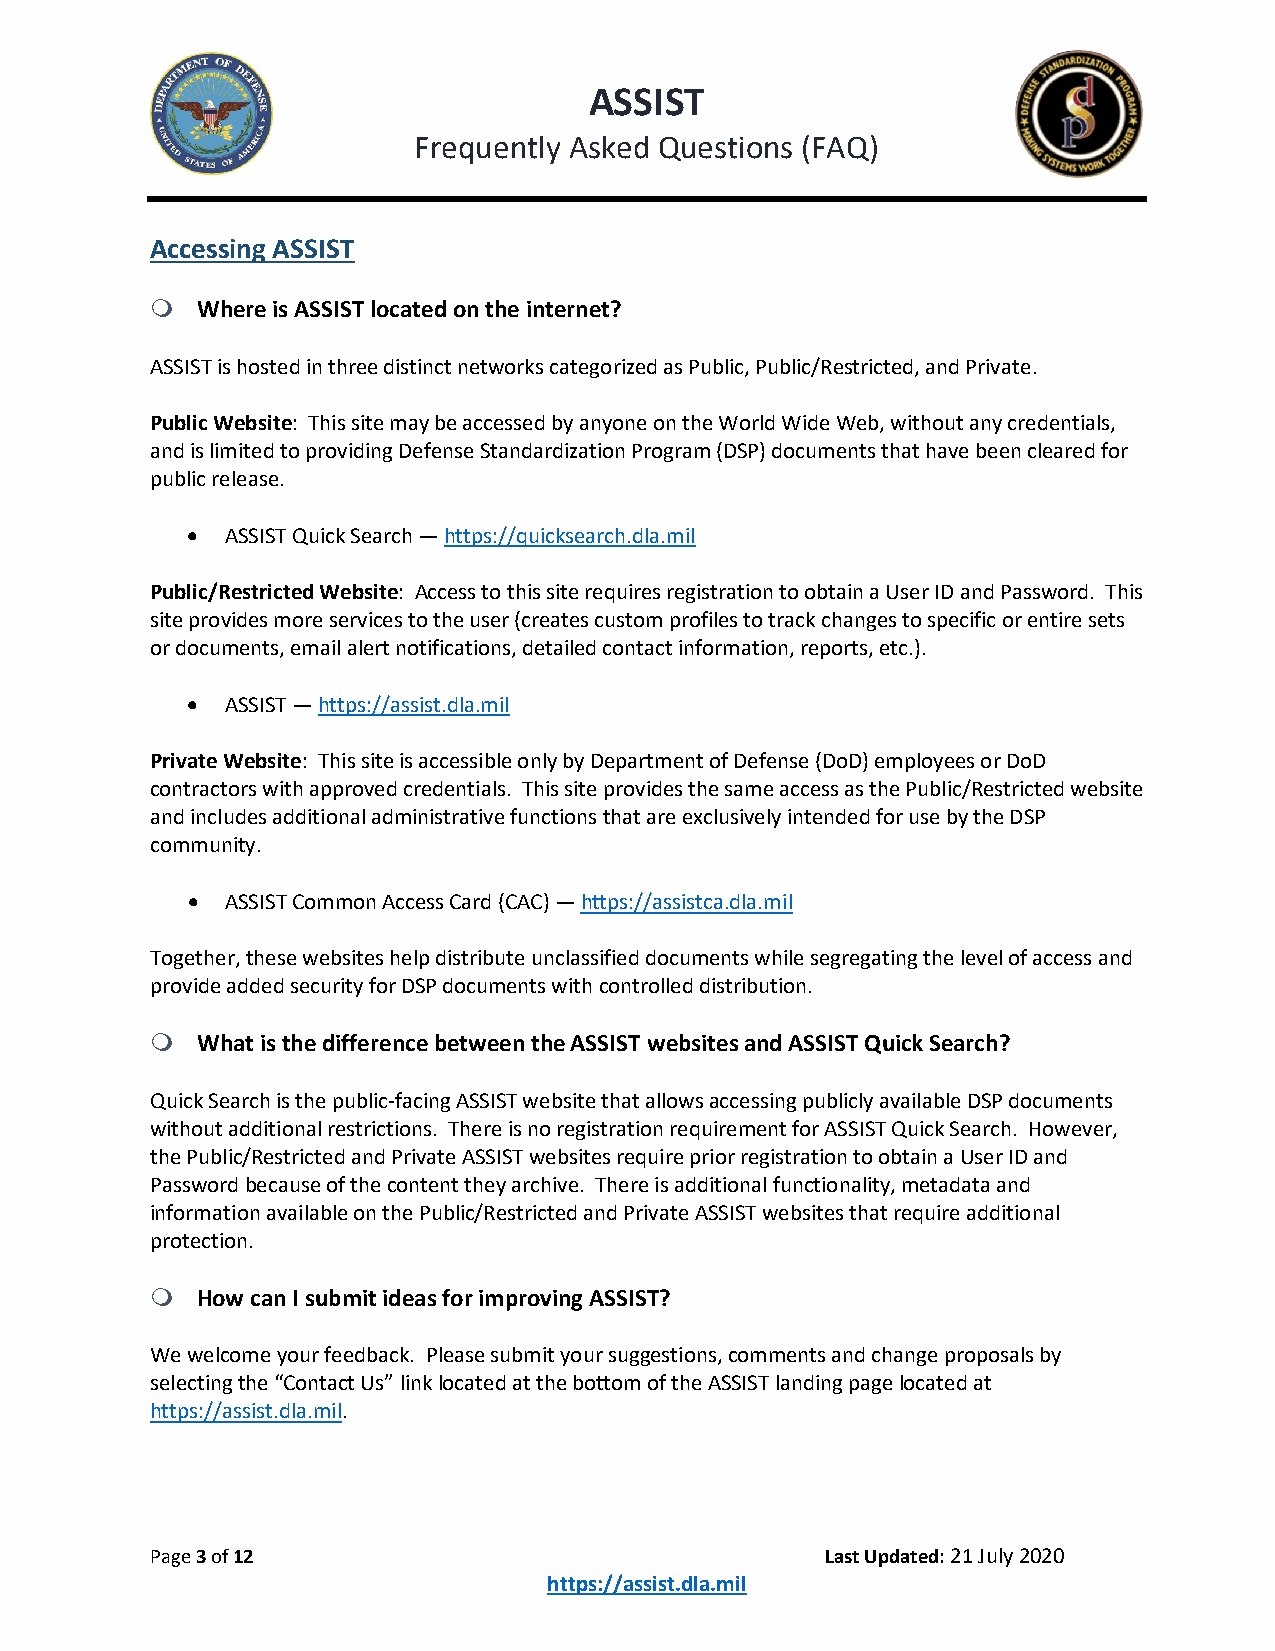
ASSIST
 Frequently Asked Questions (FAQ)
 Accessing ASSIST
   Where is ASSIST located on the internet?
 ASSIST is hosted in three distinct networks categorized as Public, Public/Restricted, and Private.
 Public Website: This site may be accessed by anyone on the World Wide Web, without any credentials,
 and is limited to providing Defense Standardization Program (DSP) documents that have been cleared for
 public release.
 •  ASSIST Quick Search — https://quicksearch.dla.mil
 Public/Restricted Website: Access to this site requires registration to obtain a User ID and Password. This
 site provides more services to the user (creates custom profiles to track changes to specific or entire sets
 or documents, email alert notifications, detailed contact information, reports, etc.).
 •  ASSIST — https://assist.dla.mil
 Private Website: This site is accessible only by Department of Defense (DoD) employees or DoD
 contractors with approved credentials. This site provides the same access as the Public/Restricted website
 and includes additional administrative functions that are exclusively intended for use by the DSP
 community.
 •  ASSIST Common Access Card (CAC) — https://assistca.dla.mil
 Together, these websites help distribute unclassified documents while segregating the level of access and
 provide added security for DSP documents with controlled distribution.
   What is the difference between the ASSIST websites and AS SIST Quick Search?
 Quick Search is the public-facing ASSIST website that allows accessing publicly available DSP documents
 without additional restrictions. There is no registration requirement for ASSIST Quick Search. However,
 the Public/Restricted and Private ASSIST websites require prior registration to obtain a User ID and
 Password because of the content they archive. There is additional functionality, metadata and
 information available on the Public/Restricted and Private ASSIST websites that require additional
 protection.
   How can I submit ideas for improving ASSIST?
 We welcome your feedback. Please submit your suggestions, comments and change proposals by
 selecting the “Contact Us” link located at the bottom of the ASSIST landing page located at
 https://assist.dla.mil.
 Page 3 of 12                                 Last Updated: 21 July 2020
 https://assist.dla.mil